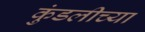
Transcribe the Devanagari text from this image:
कुंडलीच्या